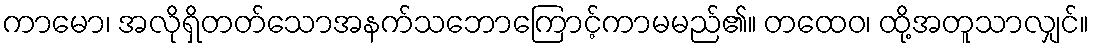
ကာမော၊ အလိုရှိတတ်သောအနက်သဘောကြောင့်ကာမမည်၏။ တထေဝ၊ ထို့အတူသာလျှင်။